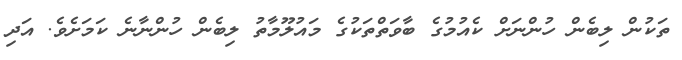
ތަކުން ލިބެން ހުންނަށް ކެއުމުގެ ބާވަތްތަކުގެ މައުލޫމާތު ލިބެން ހުންނާނެ ކަމަށެވެ. އަދި